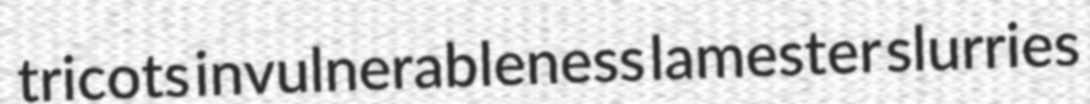
tricots invulnerableness lamester slurries